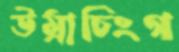
উম্রাচিংগ